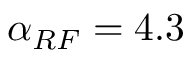
\alpha _ { R F } = 4 . 3 \: